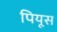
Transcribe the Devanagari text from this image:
पियूस